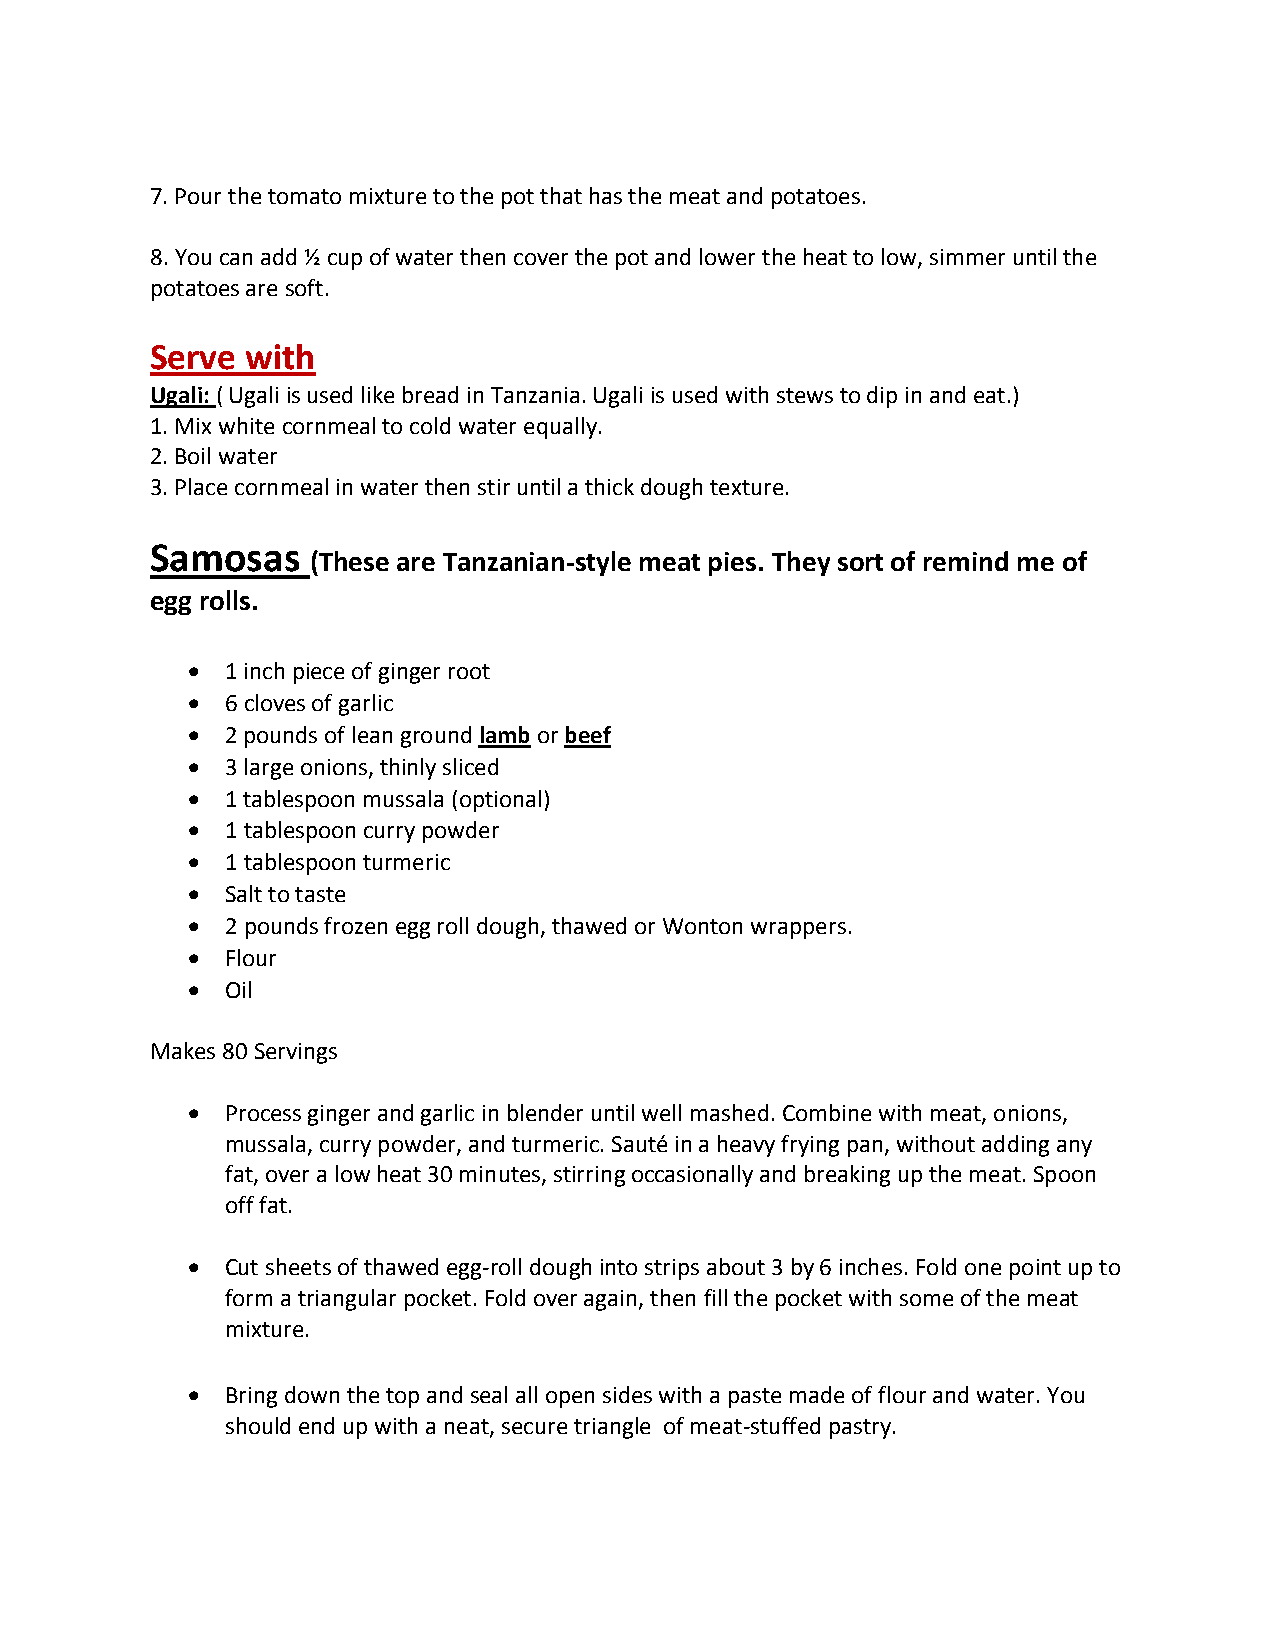
7. Pour the tomato mixture to the pot that has the meat and potatoes.
 8. You can add ½ cup of water then cover the pot and lower the heat to low, simmer until the
 potatoes are soft.
 Serve with
 Ugali: ( Ugali is used like bread in Tanzania. Ugali is used with stews to dip in and eat.)
 1. Mix white cornmeal to cold water equally.
 2. Boil water
 3. Place cornmeal in water then stir until a thick dough texture.
 Samosas
 (These are Tanzanian-style meat pies. They sort of remind me of
 egg rolls.
   1 inch piece of ginger root
   6 cloves of garlic
   2 pounds of lean ground lamb or beef
   3 large onions, thinly sliced
   1 tablespoon mussala (optional)
   1 tablespoon curry powder
   1 tablespoon turmeric
   Salt to taste
   2 pounds frozen egg roll dough, thawed or Wonton wrappers.
   Flour
   Oil
 Makes 80 Servings
   Process ginger and garlic in blender until well mashed. Combine with meat, onions,
 mussala, curry powder, and turmeric. Sauté in a heavy frying pan, without adding any
 fat, over a low heat 30 minutes, stirring occasionally and breaking up the meat. Spoon
 off fat.
   Cut sheets of thawed egg-roll dough into strips about 3 by 6 inches. Fold one point up to
 form a triangular pocket. Fold over again, then fill the pocket with some of the meat
 mixture.
   Bring down the top and seal all open sides with a paste made of flour and water. You
 should end up with a neat, secure triangle of meat-stuffed pastry.